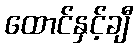
ထောင်နှင့်ချီ